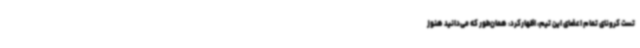
تست کرونای تمام اعضای این تیم، اظهارکرد: همان‌طور که می‌دانید هنوز